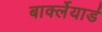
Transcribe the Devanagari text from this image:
बार्क्लेयार्ड